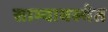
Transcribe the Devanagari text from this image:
साम्यावस्थेत